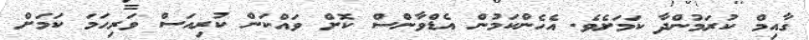
ގާއިމް ކުރަމުންދާ ކަމަށެވެ. އެހެންކަމުން އެޑްވާންސް ކޮށް ވައްކަން ކުރިއަސް ވަރިހަމަ ކަމަށް